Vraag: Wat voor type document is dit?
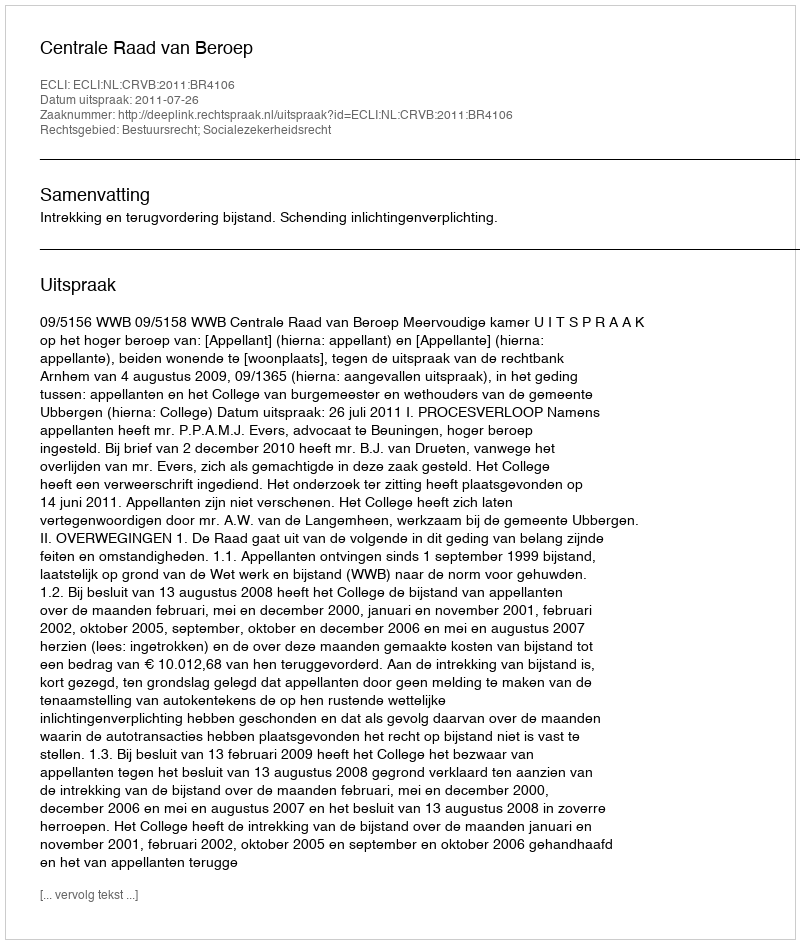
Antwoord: Uitspraak